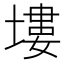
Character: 塿